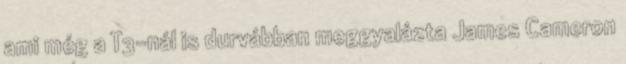
ami még a T3-nál is durvábban meggyalázta James Cameron